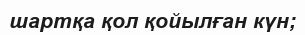
шартқа қол қойылған күн;